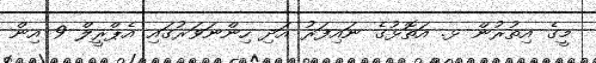
މީގެ އިތުރުން ޅ. އަތޮޅުގެ ނައިފަރު އަދި ހިންނަވަރުގައި އެޕްރީލް 9 އިން